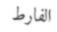
الفارط